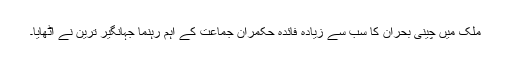
ملک میں چینی بحران کا سب سے زیادہ فائدہ حکمران جماعت کے اہم رہنما جہانگیر ترین نے اٹھایا۔